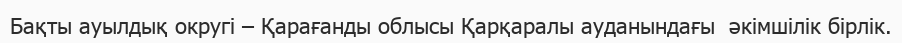
Бақты ауылдық округі – Қарағанды облысы Қарқаралы ауданындағы  әкімшілік бірлік.